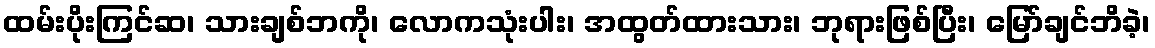
ထမ်းပိုးကြင်ဆ၊ သားချစ်ဘကို၊ လောကသုံးပါး၊ အထွတ်ထားသား၊ ဘုရားဖြစ်ပြီး၊ မြော်ချင်ဘိခဲ့၊